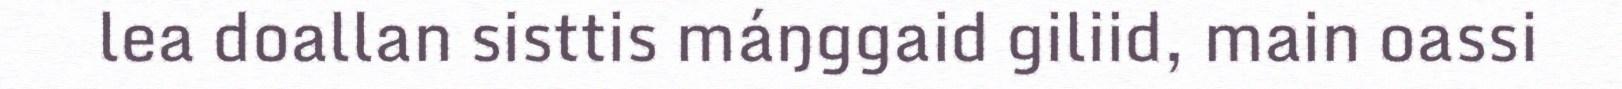
lea doallan sisttis máŋggaid giliid, main oassi